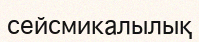
сейсмикалылық